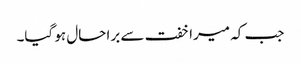
جب کہ میرا خفت سے برا حال ہو گیا۔